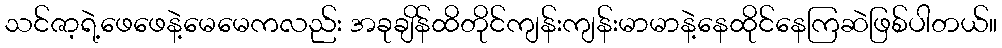
သင်ဇာ့ရဲ့ဖေဖေနဲ့မေမေကလည်း အခုချိန်ထိတိုင်ကျန်းကျန်းမာမာနဲ့နေထိုင်နေကြဆဲဖြစ်ပါတယ်။